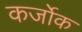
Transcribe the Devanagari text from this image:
कर्जोक